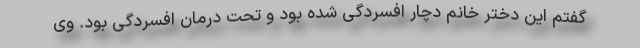
گفتم این دختر خانم دچار افسردگی شده بود و تحت درمان افسردگی بود. وی